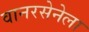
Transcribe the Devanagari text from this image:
वानरसेनेला